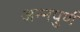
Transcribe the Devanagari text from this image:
अन्नपुर्ण